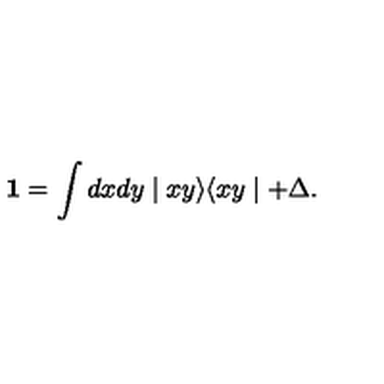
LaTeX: { \textbf 1 } = \int d x d y \mid x y \rangle \langle x y \mid + \Delta .